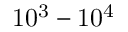
\mathrm { 1 0 ^ { 3 } - 1 0 ^ { 4 } }